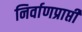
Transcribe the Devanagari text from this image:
निर्वाणप्राप्ती